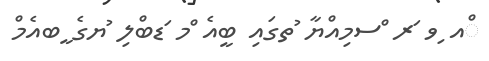
ްއ ިވ ަރ ްސމިއްޔާ ުތގައި ބީއެ ްމ ަޑބްލި ުޔގެ ީބއެމް